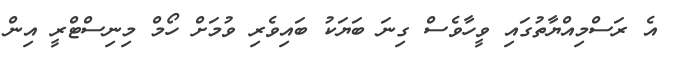
އެ ރަސްމިއްޔާތުގައި ވީހާވެސް ގިނަ ބަޔަކު ބައިވެރި ވުމަށް ހޯމް މިނިސްޓްރީ އިން